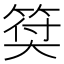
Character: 𥮯